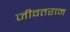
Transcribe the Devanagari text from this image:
जीवतराम